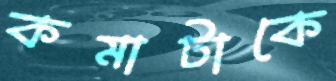
কমাটাকে